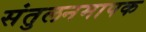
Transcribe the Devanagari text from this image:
संतुलनमापक